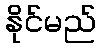
နိုင်မည်